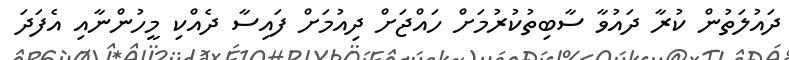
ދައުލަތުން ކުރާ ދައުވާ ސާބިތުކުރުމަށް ހައްޖަށް ދިއުމަށް ފައިސާ ދެއްކި މީހުންނާއި އެފަދަ